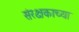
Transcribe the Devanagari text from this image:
संरक्षकाच्या